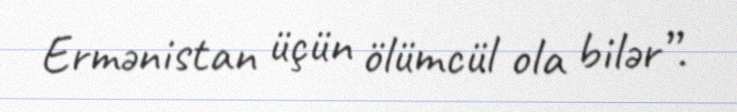
Ermənistan üçün ölümcül ola bilər”.